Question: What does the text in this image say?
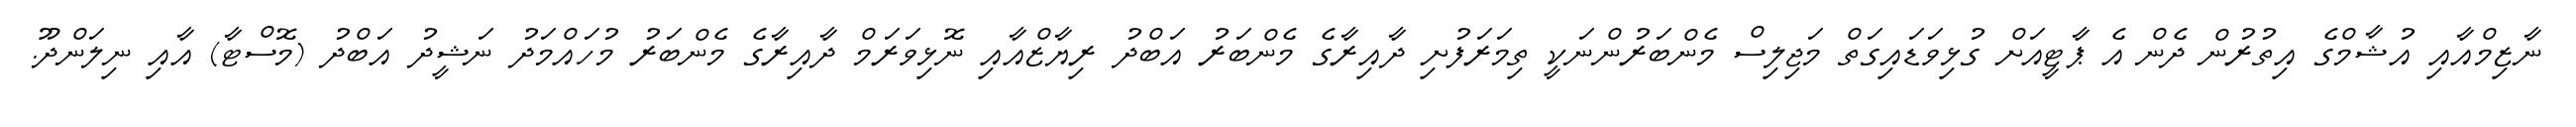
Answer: ނާޒިމްއާއި އުޝާމްގެ އިތުރުން ދެން އެ ޕާޓީއަށް ގުޅިވަޑައިގަތް މަޖިލިސް މެންބަރުންނަކީ ތިމަރަފުށި ދާއިރާގެ މެންބަރު އަބްދު ރިޔާޒްއާއި ނޮޅިވަރަމް ދާއިރާގެ މެންބަރު މުހައްމަދު ނަޝީދު އަބްދު (މޮސްޓާ) އާއި ނިލަންދޫ.